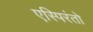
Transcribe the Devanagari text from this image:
एस्पिरंतो